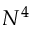
N ^ { 4 }